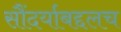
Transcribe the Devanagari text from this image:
सौंदर्याबद्दलच